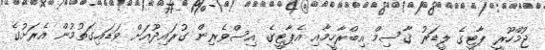
ޖުމްހޫރީ ޕާޓީގެ ލީޑަރު ޤާސިމް އިބްރާހީމާއި އެޕާޓީގެ އިސްވެރިން ގުރައިދޫއަށް ވަޑައިގަތުމުން އެރަށުގެ